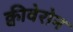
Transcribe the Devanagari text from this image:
क्वीबेरोन